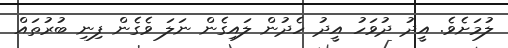
ލުމަށެވެ. އީދު ދުވަހު އީދު ހެދުން ލައިގެން ނަލަ ވެގެން ފިނި ބުރުތައް